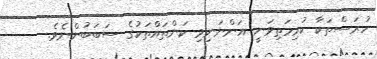
ހުރަސްތަކާ ކުރިމަތިވަނީ އަންނަނިވި ކަންތައްތަކުގެ ސަބަބުންނެވެ.